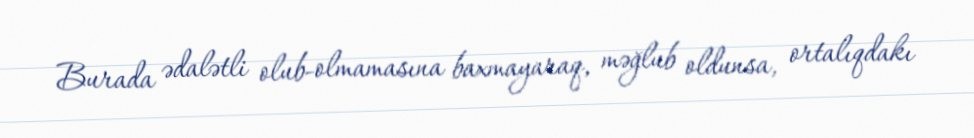
Burada ədalətli olub-olmamasına baxmayaraq, məğlub oldunsa, ortalıqdakı